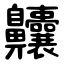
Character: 齉